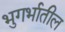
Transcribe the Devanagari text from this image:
भुगर्भातील